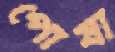
পোষা